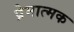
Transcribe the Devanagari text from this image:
प्रेमात्मक